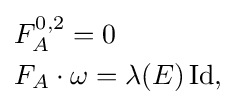
{\begin{aligned}&F_{A}^{0,2}=0\\&F_{A}\cdot \omega =\lambda (E)\operatorname {Id} ,\end{aligned}}